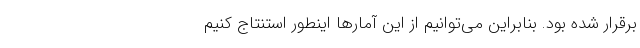
برقرار شده بود. بنابراین می‌توانیم از این آمارها اینطور استنتاج کنیم